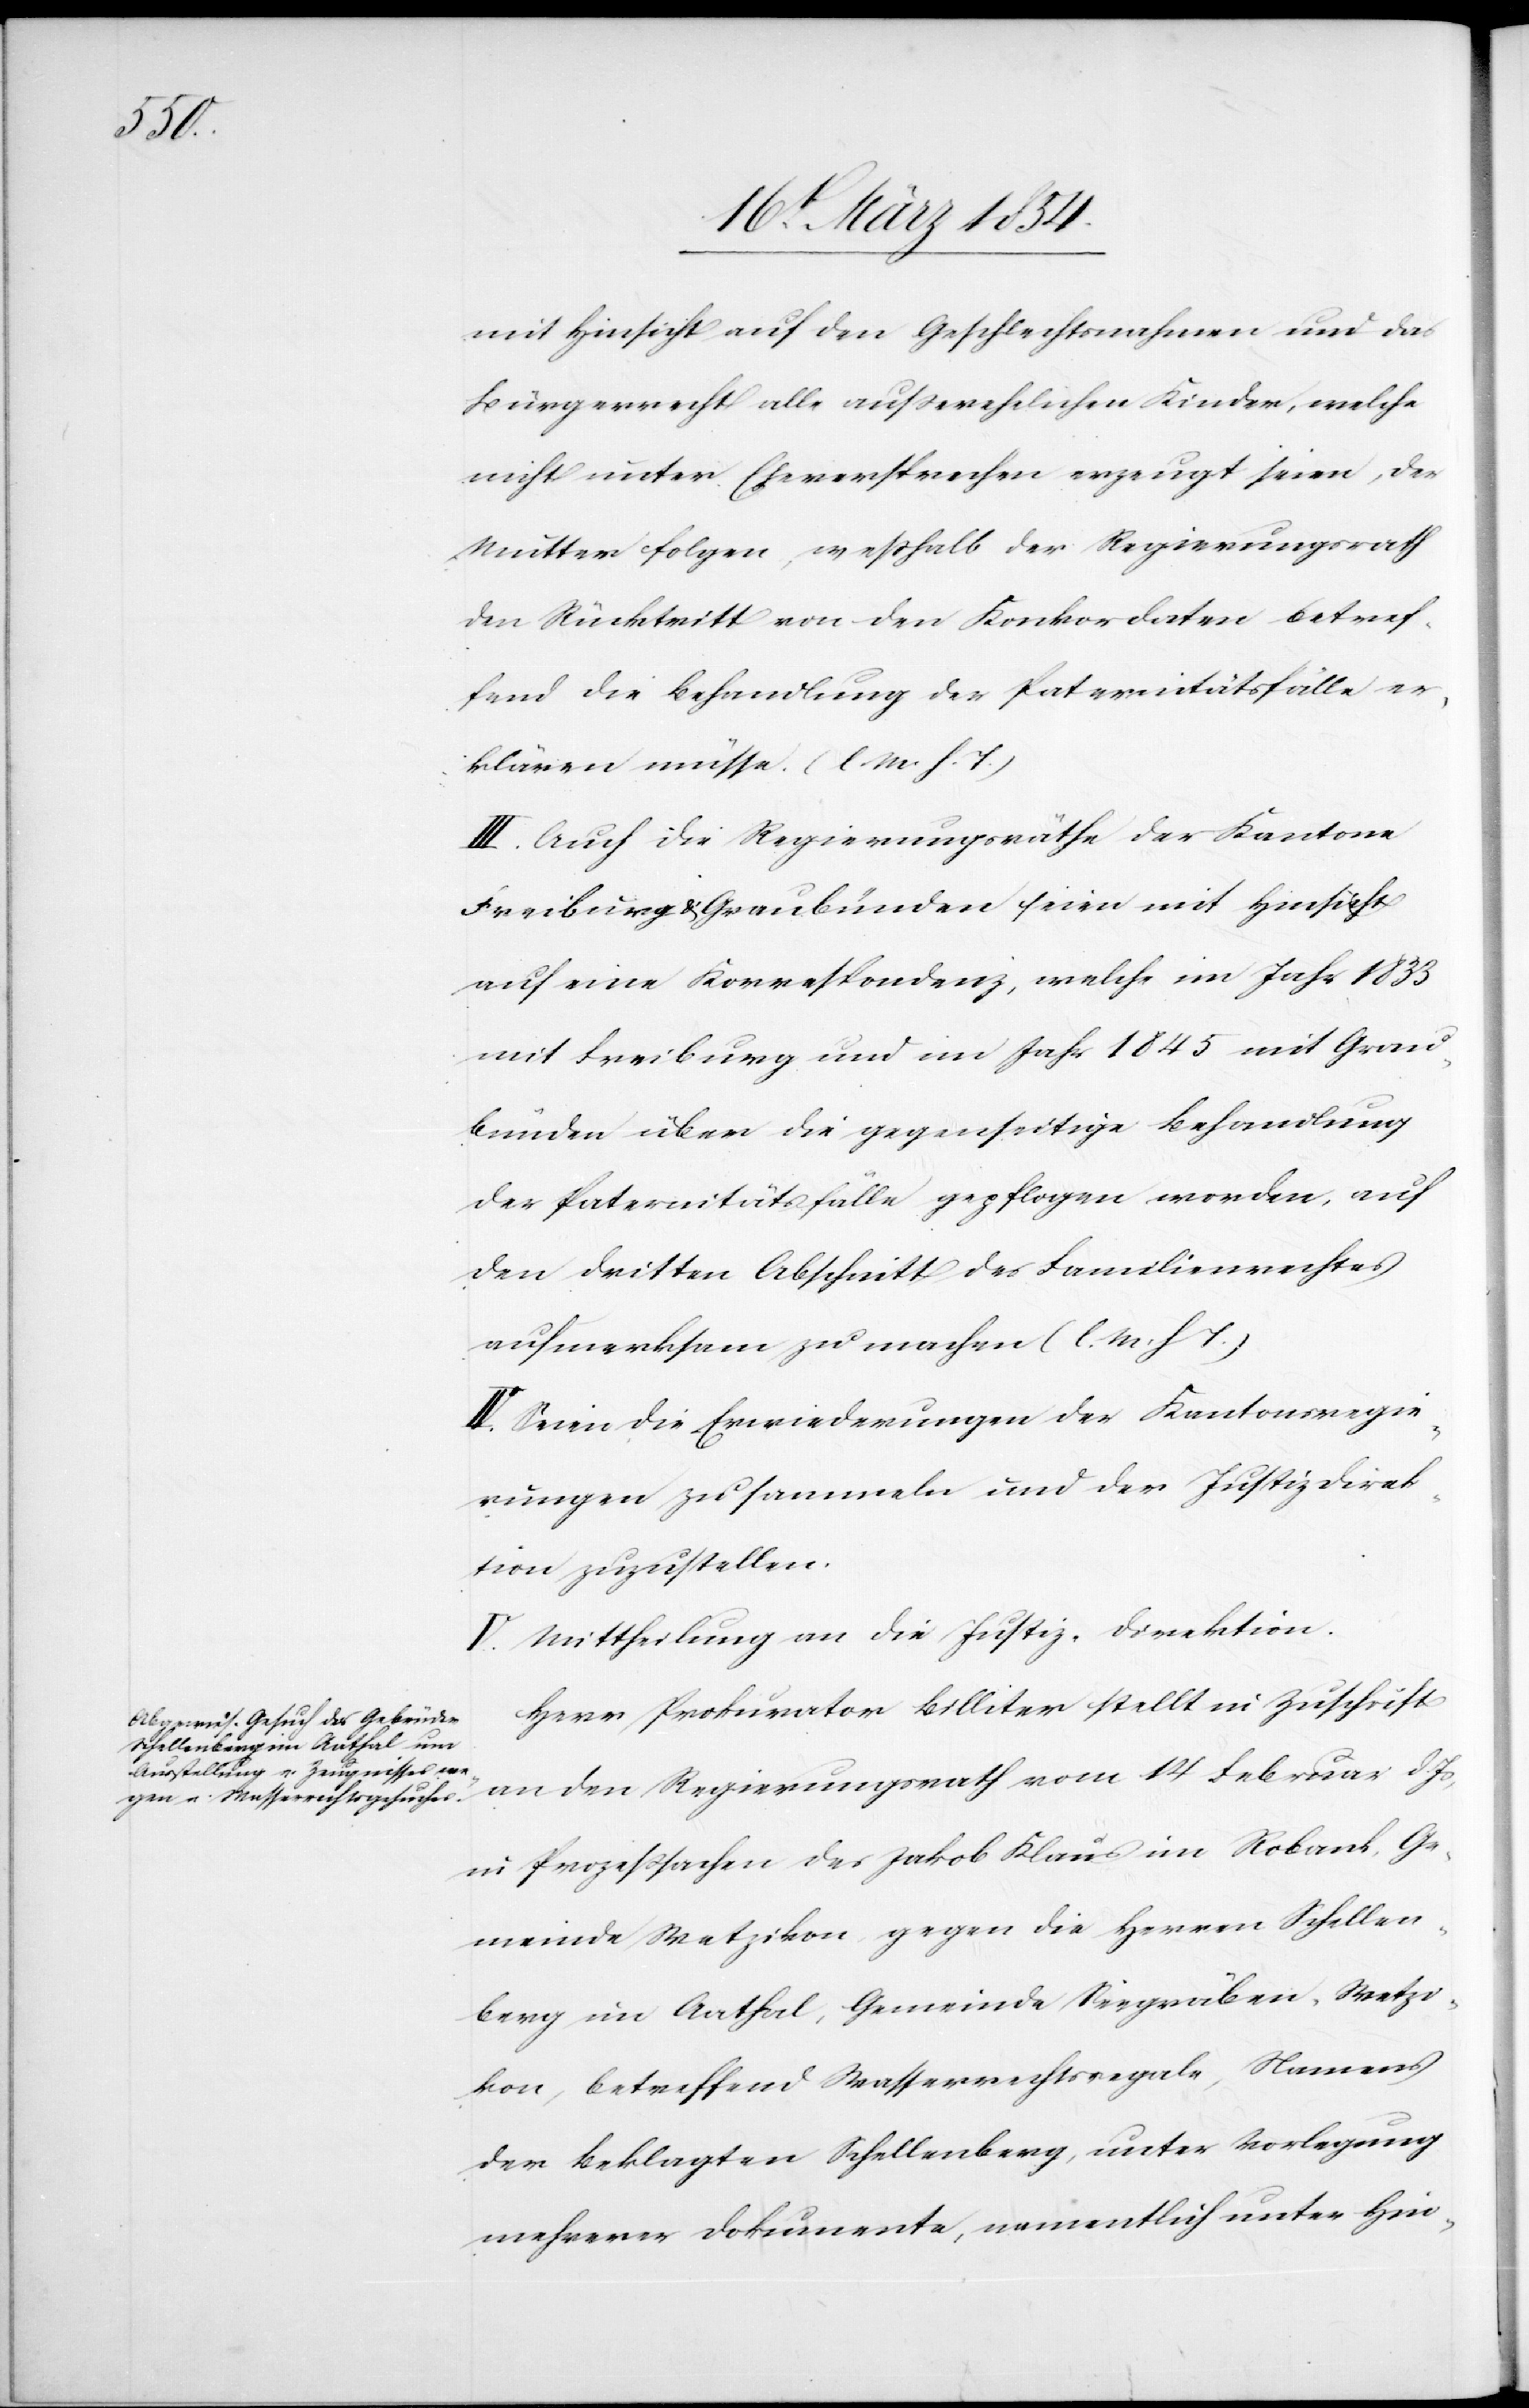
mit Hinsicht auf den Geschlechtsnahmen und das
Bürgerrecht alle außerehelichen Kinder, welche
nicht unter Eheversprechen erzeugt seien, der
Mutter folgen, weßhalb der Regierungsrath
den Rücktritt von den Konkordaten betref¬
fend die Behandlung der Paternitätsfälle er¬
klären müsse. (l. M. h. T.)
III. Auch die Regierungsräthe der Kantone
Freiburg & Graubünden seien mit Hinsicht
auf eine Korrespondenz, welche im Jahr 1833
mit Freiburg und im Jahr 1845 mit Grau¬
bünden über die gegenseitige Behandlung
der Paternitätsfälle gepflogen worden, auf
den dritten Abschnitt des Familienrechtes
aufmerksam zu machen (l. M. h. T.)
IV. Seien die Erwiederungen der Kantonsregie¬
rungen zu sammeln und der Justizdirek¬
tion zuzustellen.
V. Mittheilung an die Justiz-Direktion.
Herr Prokurator Billiter stellt in Zuschrift
an den Regierungsrath vom 14 Februar d. Js,
in Prozeßsachen des Jakob Klaus im Robank, Ge¬
meinde Wetzikon, gegen die Herren Schellen¬
berg im Aathal, Gemeinde Seegräben, Wetzi¬
kon, betreffend Wasserrechtsregale, Namens
der Beklagten Schellenberg, unter Vorlegung
mehrerer Dokumente, namentlich unter Hin-